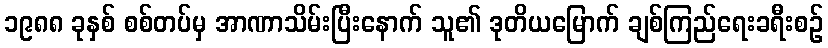
၁၉၈၈ ခုနှစ် စစ်တပ်မှ အာဏာသိမ်းပြီးနောက် သူ၏ ဒုတိယမြောက် ချစ်ကြည်ရေးခရီးစဉ်